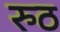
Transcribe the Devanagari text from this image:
रुठ